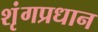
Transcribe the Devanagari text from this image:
शृंगप्रधान